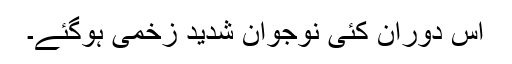
اس دوران کئی نوجوان شدید زخمی ہوگئے۔